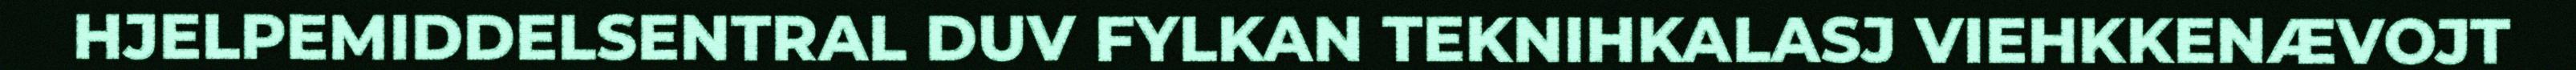
HJELPEMIDDELSENTRAL DUV FYLKAN TEKNIHKALASJ VIEHKKENÆVOJT